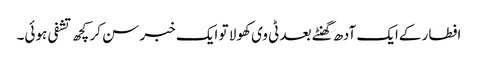
افطار کےایک آدھ گھنٹے بعد ٹی وی کھولا تو ایک خبر سن کر کچھ تشفی ہوئی۔